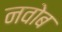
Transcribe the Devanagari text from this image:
नवोब